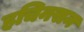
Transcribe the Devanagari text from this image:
हचिनसन